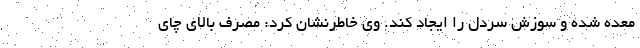
معده شده و سوزش سردل را ایجاد کند. وی خاطرنشان کرد: مصرف بالای چای